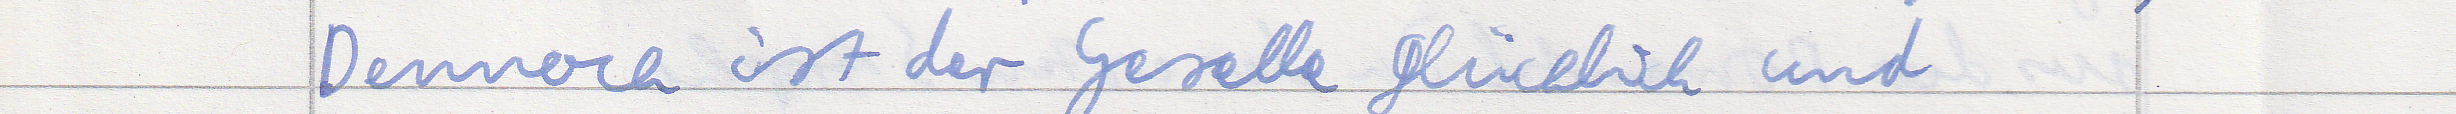
Dennoch ist der Geselle glücklich und